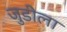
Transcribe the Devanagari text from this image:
जुडीला